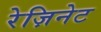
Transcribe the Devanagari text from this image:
रेज़िनेट